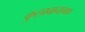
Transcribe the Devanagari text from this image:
कुलाबानामक